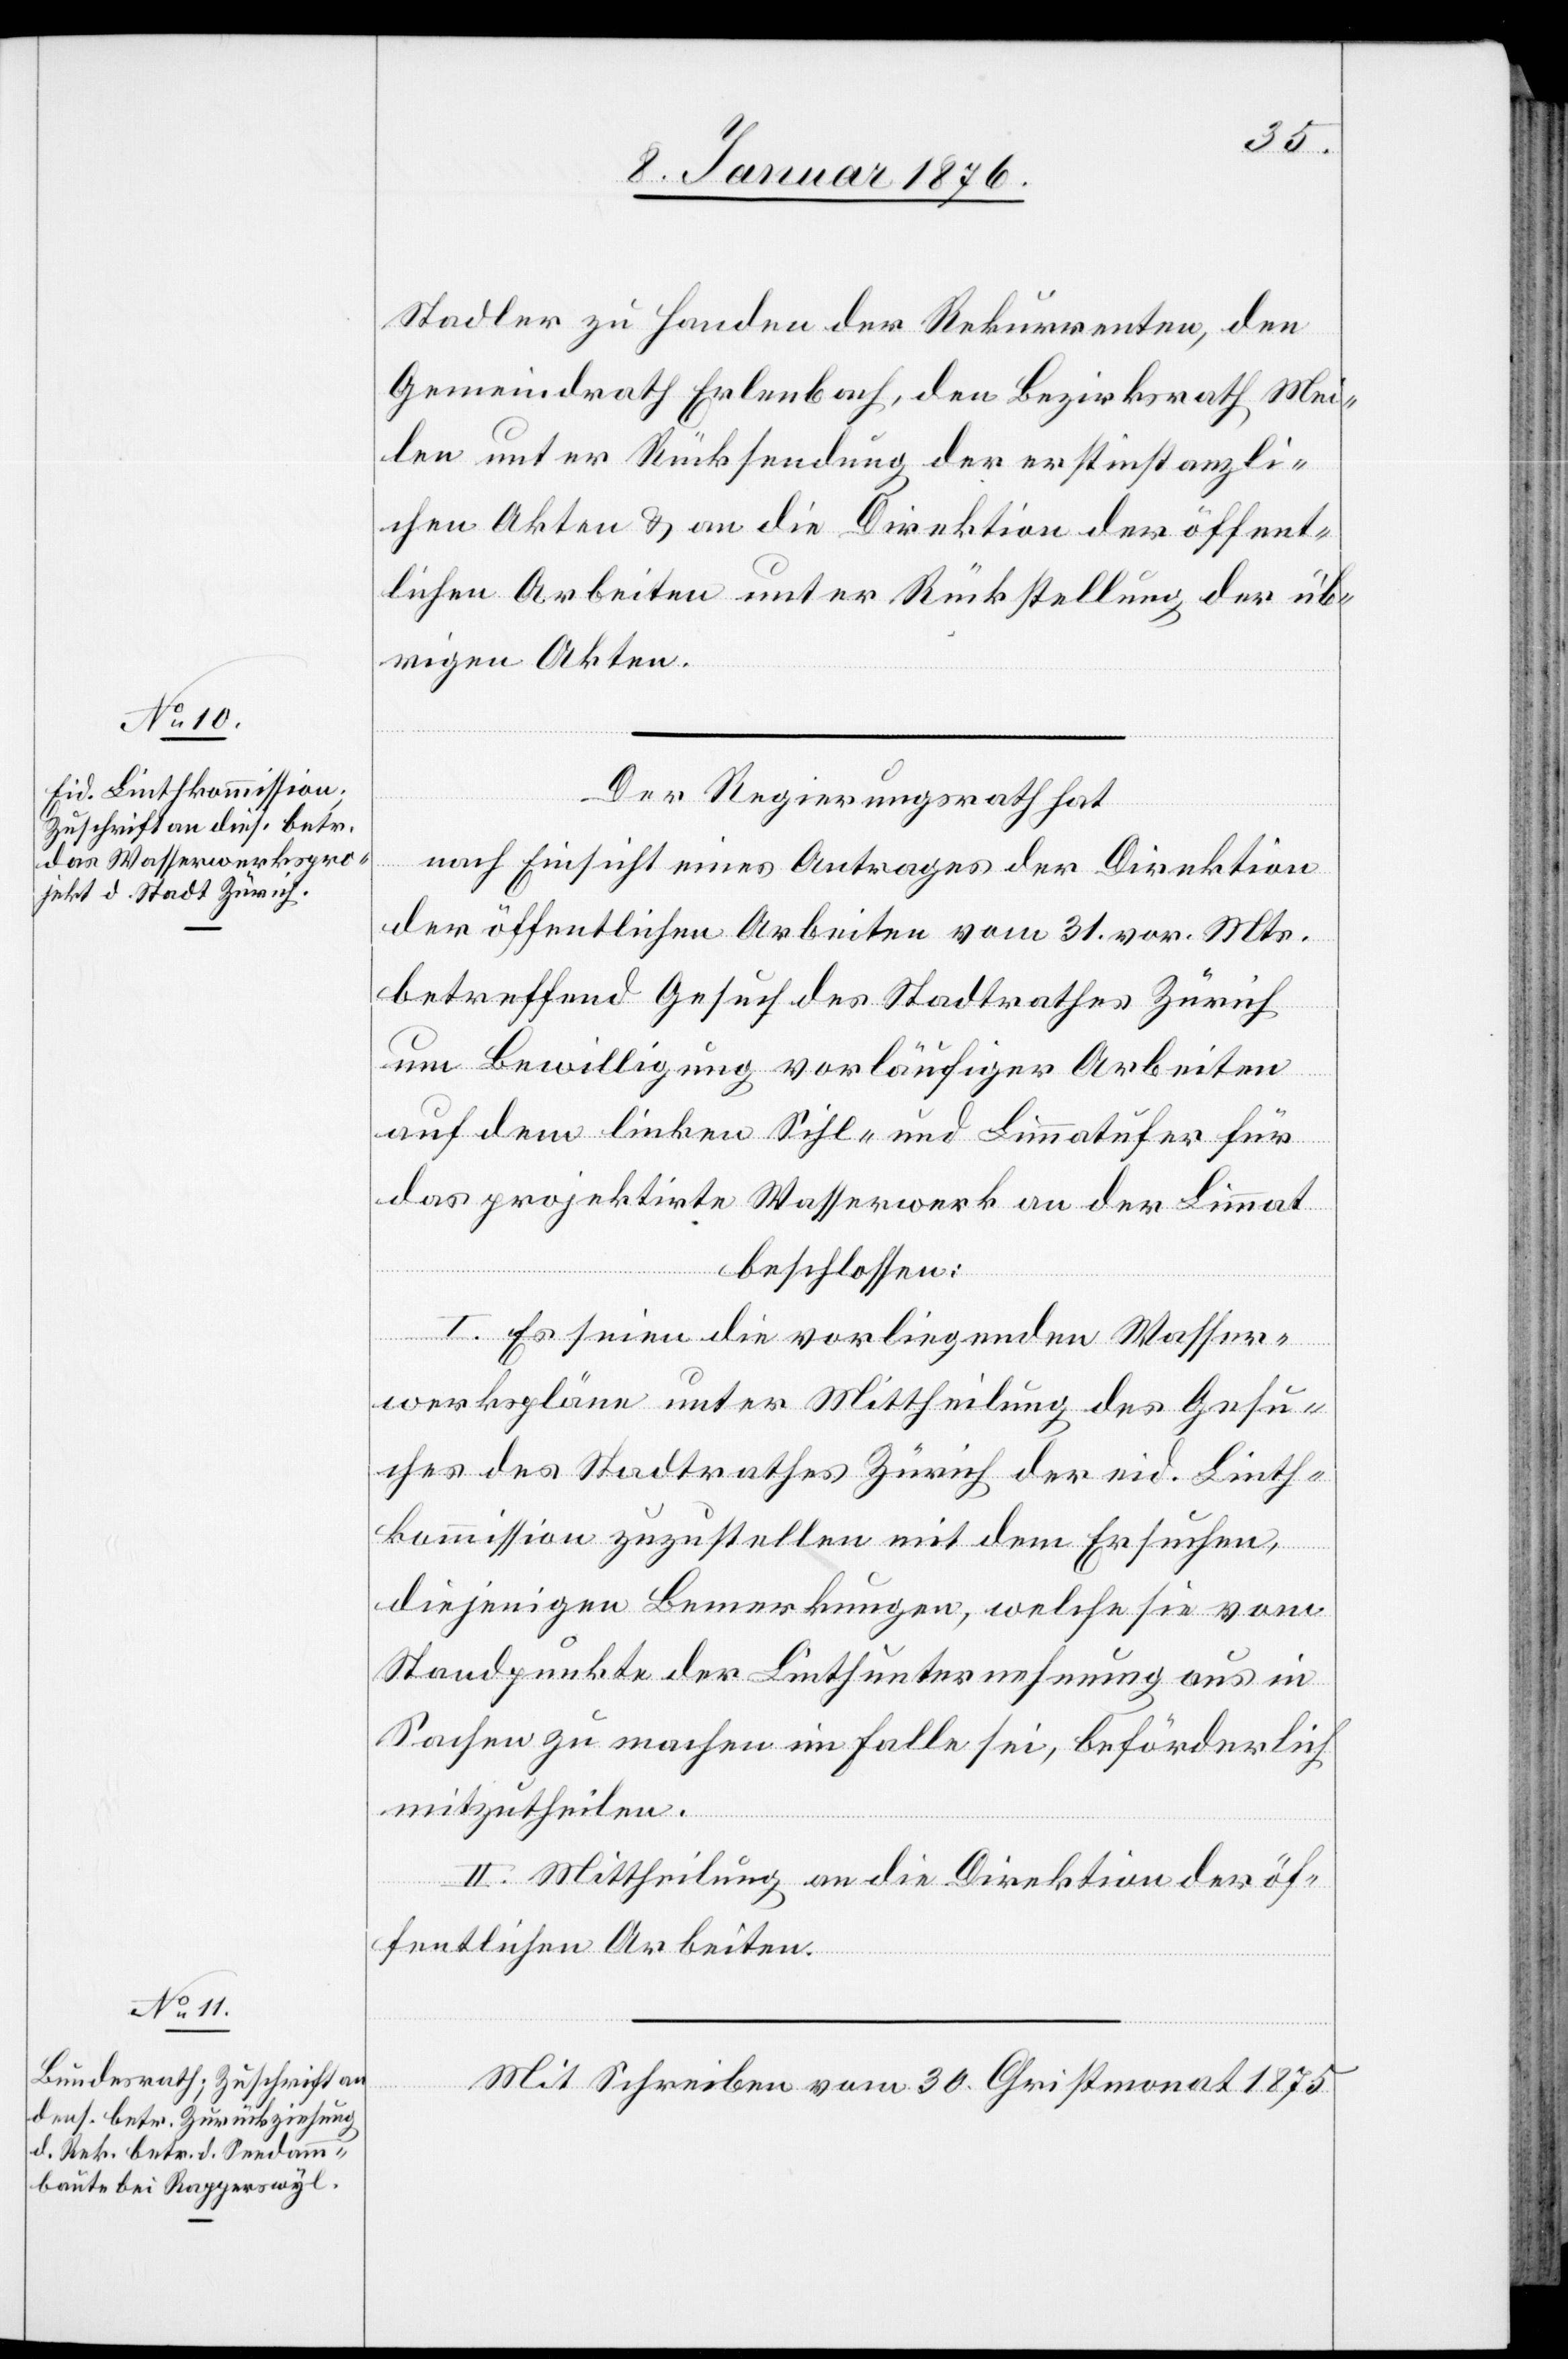
Stadler zu Handen der Rekurrenten, den
Gemeindrath Erlenbach, den Bezirksrath Mei¬
len unter Rücksendung der erstinstanzli¬
chen Akten u. an die Direktion der öffent¬
lichen Arbeiten unter Rückstellung der üb¬
rigen Akten.
Der Regierungsrath hat
nach Einsicht eines Antrages der Direktion
der öffentlichen Arbeiten vom 31. vor. Mts.
betreffend Gesuch des Stadtrathes Zürich
um Bewilligung vorläufiger Arbeiten
auf dem linken Sihl- und Limmatufer für
das projektirte Wasserwerk an der Limmat
beschlossen:
I. Es seien die vorliegenden Wasser¬
werkspläne unter Mittheilung des Gesu¬
ches des Stadtrathes Zürich der eid. Linth¬
kommission zuzustellen mit dem Ersuchen,
diejenigen Bemerkungen, welche sie vom
Standpunkte der Linthunternehmung aus in
Sachen zu machen im Falle sei, beförderlich
mitzutheilen.
II. Mittheilung an die Direktion der öf¬
fentlichen Arbeiten.
Mit Schreiben vom 30. Christmonat 1875